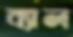
ব্যাল